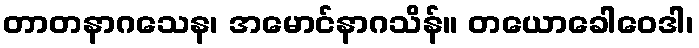
တာတနာဂသေန၊ အမောင်နာဂသိန်။ တယောခေါဝေဒါ၊